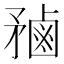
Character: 𪉝